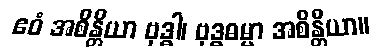
ဧဝံ အစိန္တိယာ ဗုဒ္ဓါ၊ ဗုဒ္ဓဓမ္မာ အစိန္တိယာ။